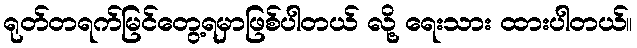
ရုတ်တရက်မြင်တွေ့ရမှာဖြစ်ပါတယ် လို့ ရေးသား ထားပါတယ်။